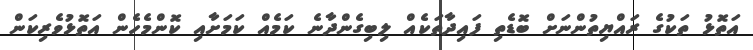
އަތޮޅު ތަކުގެ ރައްޔިތުންނަށް ބޮޑެތި ފައިދާތަކެއް ލިބިގެންދާނެ ކަމެއް ކަމަށާއި ކޮންމެހެން އަތޮޅުވެރިކަން